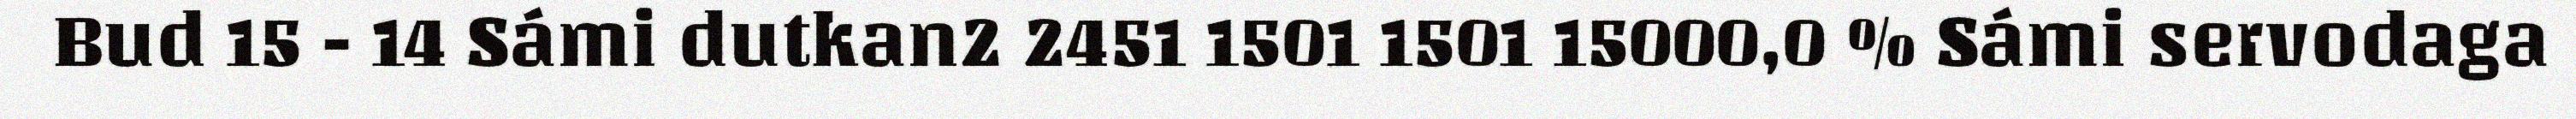
Bud 15 - 14 Sámi dutkan2 2451 1501 1501 15000,0 % Sámi servodaga